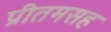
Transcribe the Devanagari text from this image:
प्रीतमसह